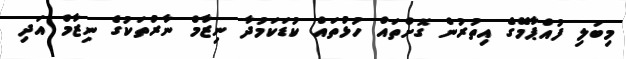
މިބަލި ފުއްޕާމޭގެ އިތުރުން ގޮށްތައް ހުޅުތައް ކުޑަކަމުދާ ނިޒާމް ނާރުތަކުގެ ނިޒާމް އަދި